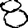
Digit: 8